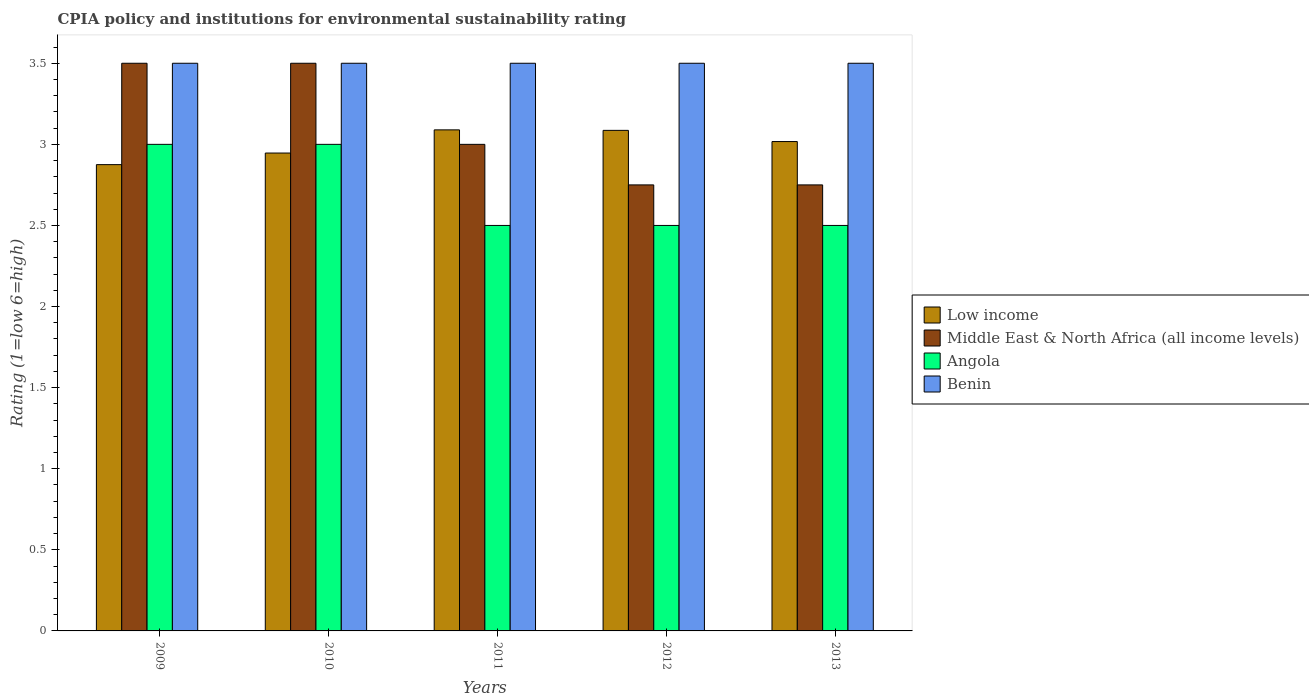
| Years | Low income | Middle East & North Africa (all income levels) | Angola | Benin |
 | --- | --- | --- | --- | --- |
 | 2009 | 2.88 | 3.5 | 3 | 3.5 |
 | 2010 | 2.95 | 3.5 | 3 | 3.5 |
 | 2011 | 3.09 | 3 | 2.5 | 3.5 |
 | 2012 | 3.09 | 2.75 | 2.5 | 3.5 |
 | 2013 | 3.02 | 2.75 | 2.5 | 3.5 |